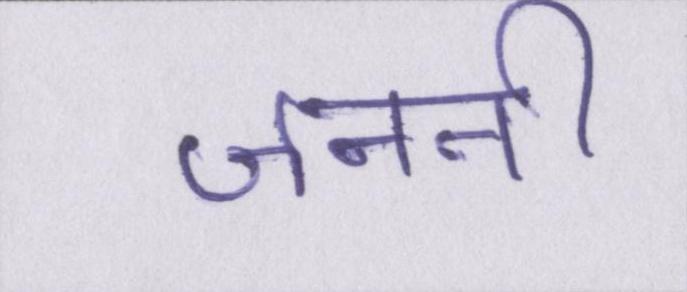
जननी